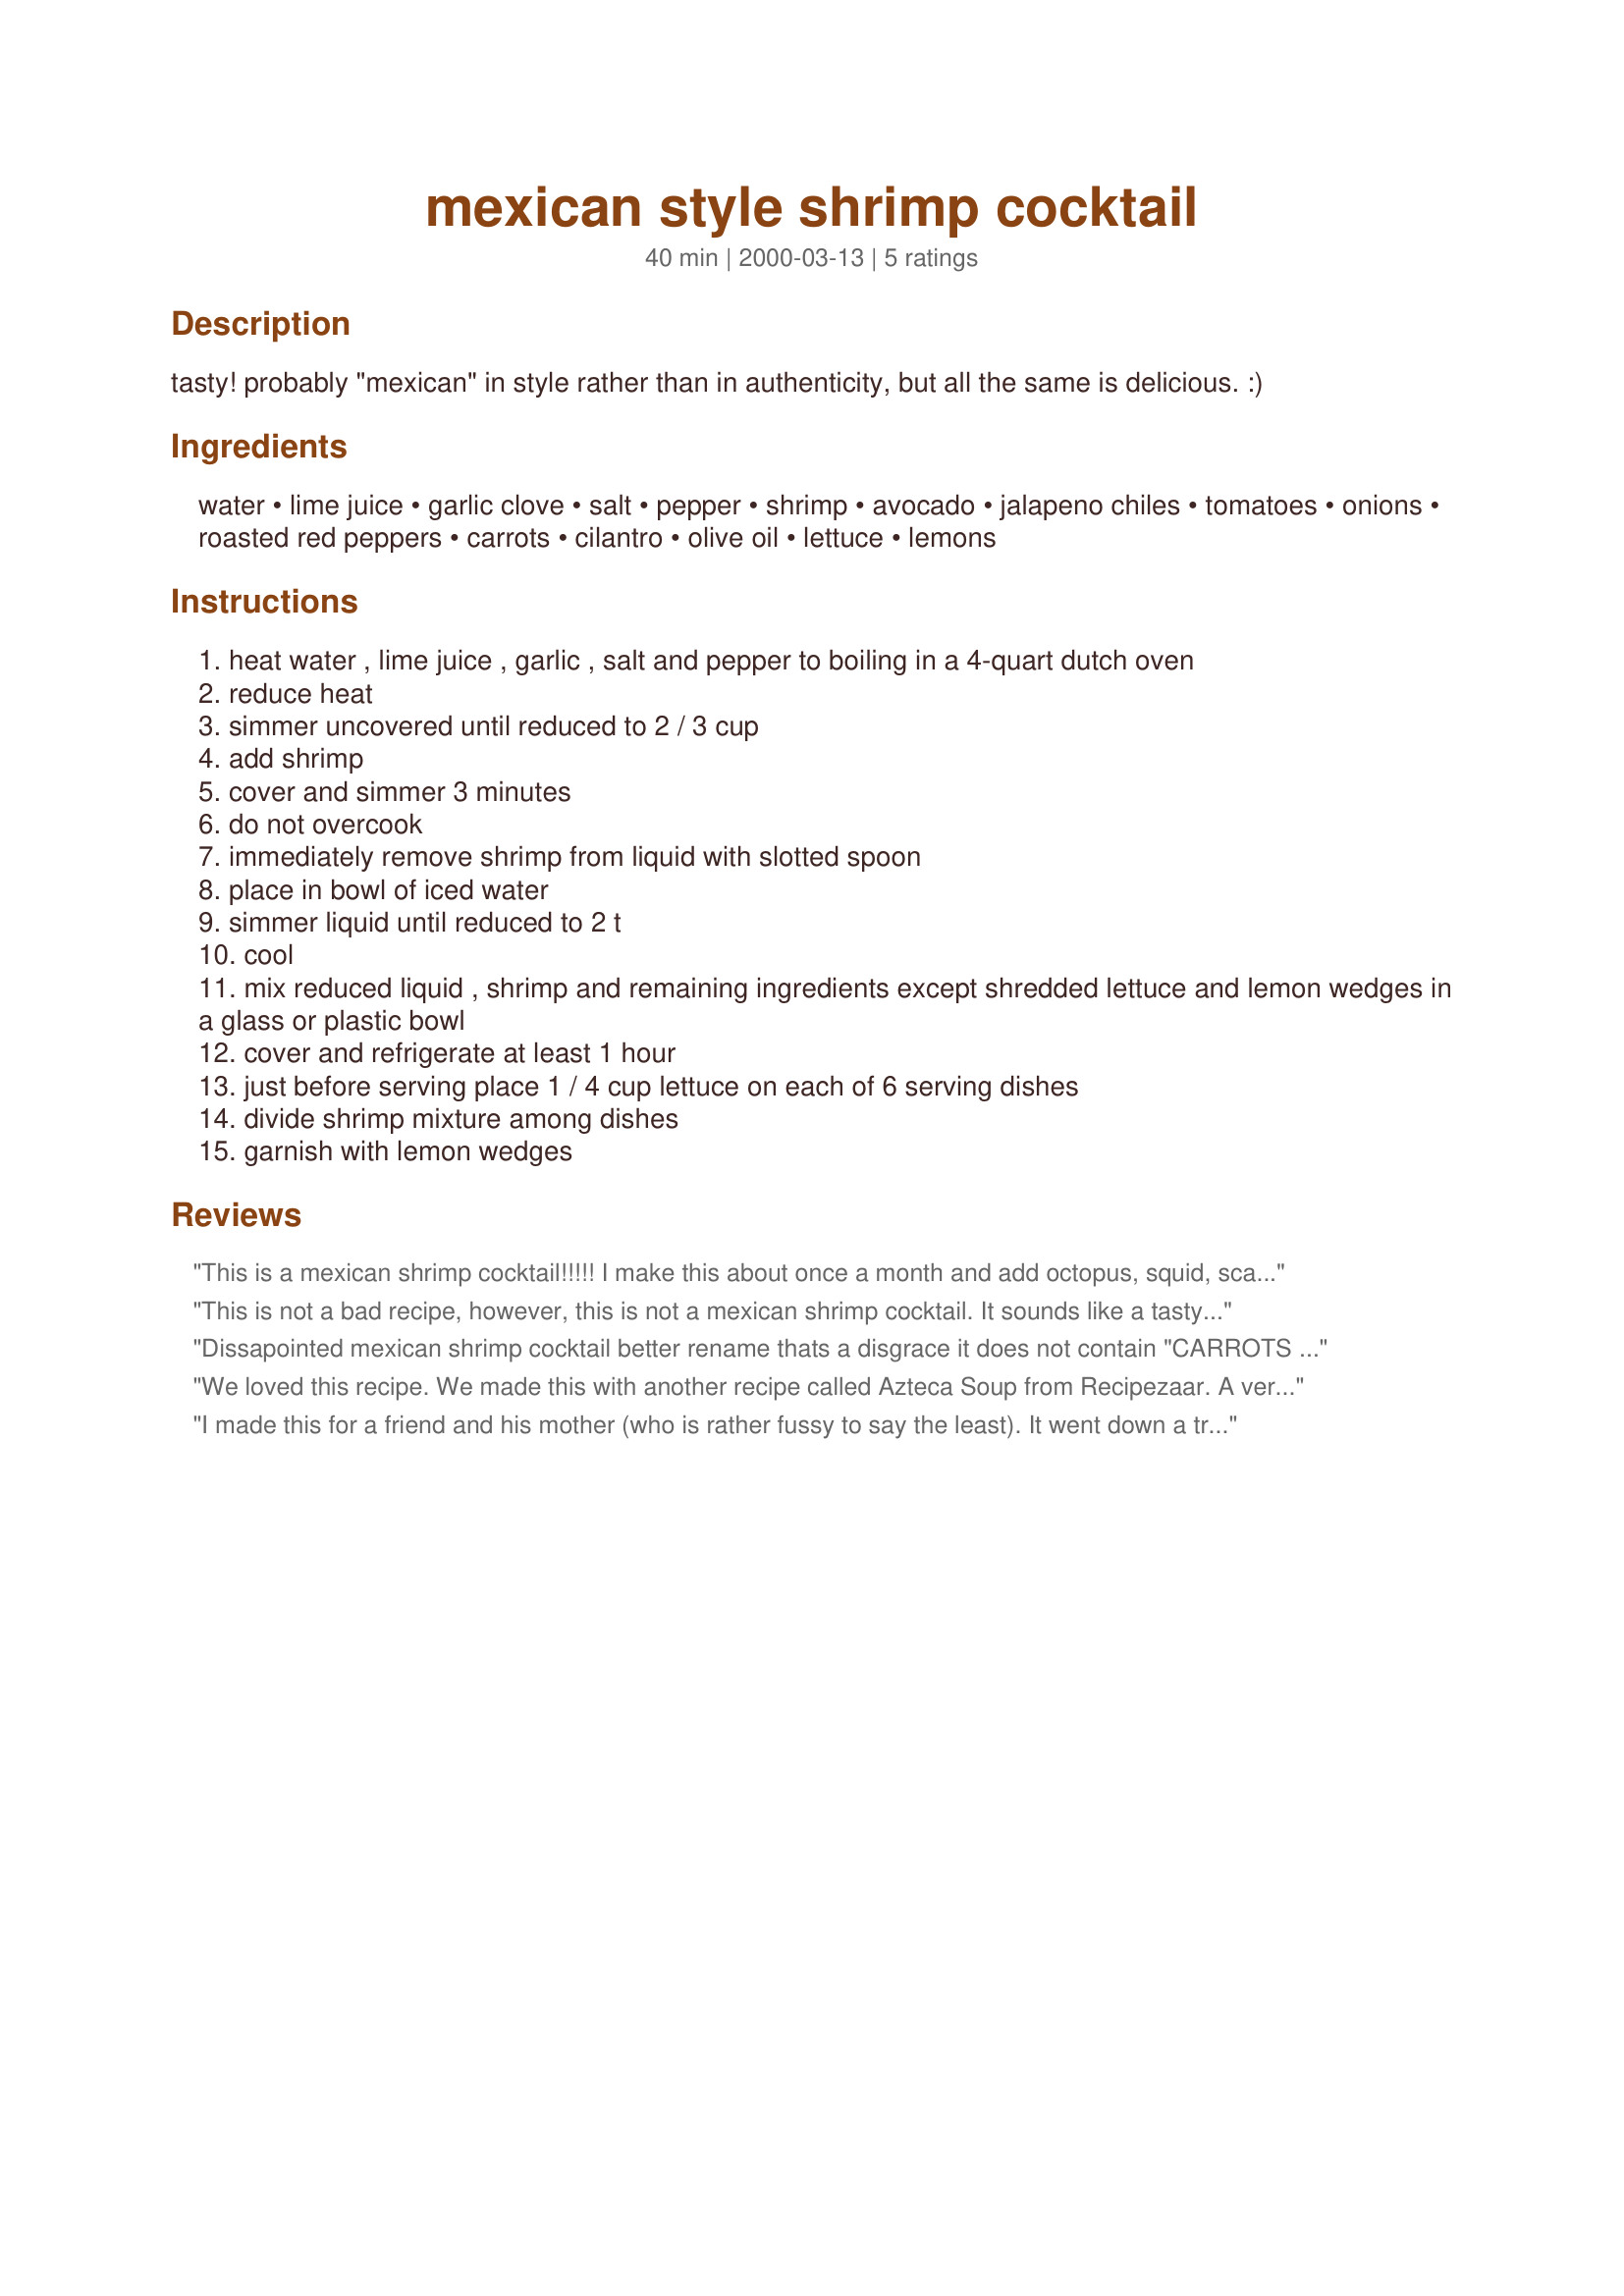
mexican style shrimp cocktail
Preparation time: 40 minutes

tasty! probably "mexican" in style rather than in authenticity, but all the same is delicious. :)

Ingredients:
water, lime juice, garlic clove, salt, pepper, shrimp, avocado, jalapeno chiles, tomatoes, onions, roasted red peppers, carrots, cilantro, olive oil, lettuce, lemons

Steps:
heat water , lime juice , garlic , salt and pepper to boiling in a 4-quart dutch oven
reduce heat
simmer uncovered until reduced to 2 / 3 cup
add shrimp
cover and simmer 3 minutes
do not overcook
immediately remove shrimp from liquid with slotted spoon
place in bowl of iced water
simmer liquid until reduced to 2 t
cool
mix reduced liquid , shrimp and remaining ingredients except shredded lettuce and lemon wedges in a glass or plastic bowl
cover and refrigerate at least 1 hour
just before serving place 1 / 4 cup lettuce on each of 6 serving dishes
divide shrimp mixture among dishes
garnish with lemon wedges

Reviews:
This is a mexican shrimp cocktail!!!!! I make this about once a month and add octopus, squid, scallops, crab meat, and its is soooo yummy, I got the recipe from my mother in law who is from Cabo san Licas. She adds other veggies, no carrots, or roasted red peppers, but sometimes celery or diced radishes
This is not a bad recipe, however, this is not a mexican shrimp cocktail. It sounds like a tasty shrimp dish though.
Dissapointed mexican shrimp cocktail better rename thats a disgrace it does not contain "CARROTS "BAD IDEA
We loved this recipe. We made this with another recipe called Azteca Soup from Recipezaar. A very nice flavorful dish to go with soups.
I made this for a friend and his mother (who is rather fussy to say the least). It went down a treat the mother asked for a copy of this recipe which is saying something. I did omit the jalipnos as she doesnt like hot. Thanks for this a bit hit !
